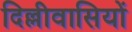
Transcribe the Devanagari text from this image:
दिल्लीवासियों